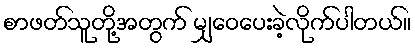
စာဖတ်သူတို့အတွက် မျှဝေပေးခဲ့လိုက်ပါတယ်။